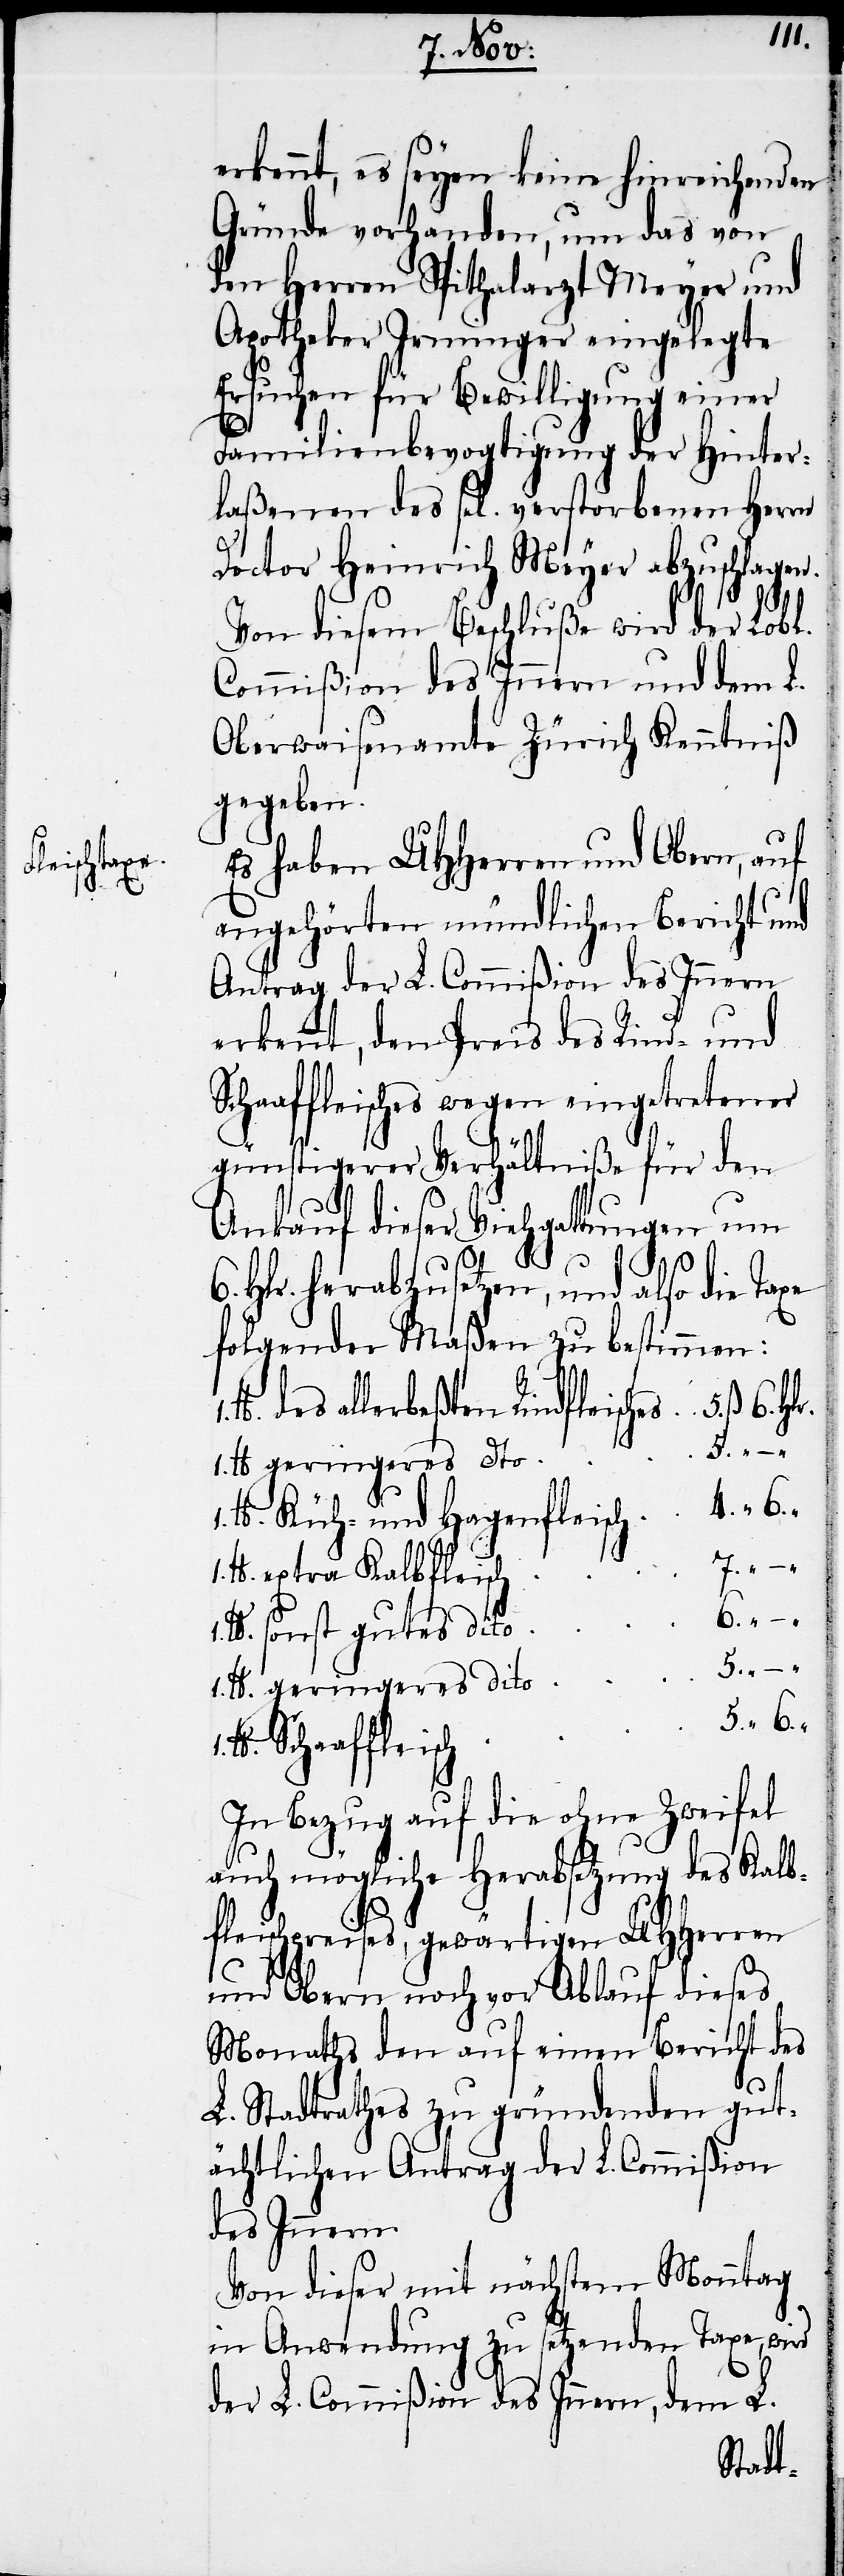
leisches

4.
erkennt, es seyen keine hinreichenden
Gründe vorhanden, um das von
den Herren Spithalarzt Meyer und
Apotheker Irminger eingelegte
Ersuchen für Bewilligung einer
Familienbevogtigung der Hinter¬
laßenen des sel. verstorbenen Herrn
Doctor Heinrich Meyer abzuschlagen.
Von diesem Beschluße wird der Lobl.
Commißion des Innern und dem L.
Oberwaisenamte Zürich Kenntniß
gegeben.
Es haben UHHerren und Obern, auf
angehörten mündlichen Bericht und
Antrag der L. Commißion des Innern
erkennt, den Preis des Rind- und
Schaaffleisches wegen eingetretener
günstigerer Verhältniße für den
Ankauf dieser Viehgattungen um
Hlr. herabzusetzen, und also die
folgender Maßen zu bestimmen:
1. lb.
geringeres dito
1. lb.
Küh- und Hagenfleisch
Hlr.
extra Kalbfleisch
6.
“
sonst gutes dito
des
In Bezug auf die ohne Zweifel
auch mögliche Herabsetzung des Kalb¬
fleischpreises, gewärtigen UHHerren
und Obern noch vor Ablauf dieses
Monaths den auf einen Bericht des
L. Stadtrathes zu gründenden gut¬
ächtlichen Antrag der L. Commißion
des Innern.
Von dieser mit nächstem Monntag
in Anwendung zu setzenden Taxe, wird
der L. Commißion des Innern, dem L.